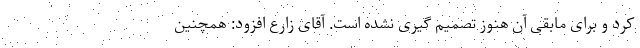
کرد و برای مابقی آن هنوز تصمیم گیری نشده است. آقای زارع افزود: همچنین